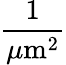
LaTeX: \frac{1}{\mu\mathrm{m}^{2}}